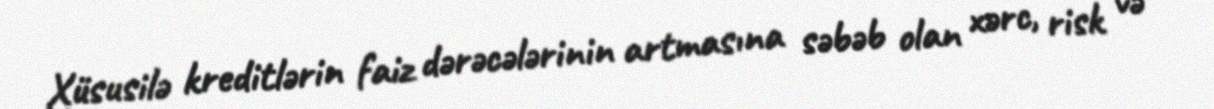
Xüsusilə kreditlərin faiz dərəcələrinin artmasına səbəb olan xərc, risk və